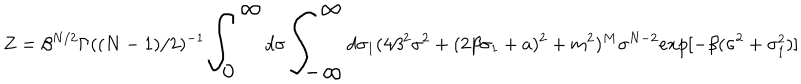
LaTeX: Z = \beta ^ { N / 2 } \Gamma ( ( N - 1 ) / 2 ) ^ { - 1 } { \LARGE \int _ { 0 } ^ { \infty } } d \sigma { \LARGE \int _ { - \infty } ^ { \infty } } d \sigma _ { 1 } ( 4 \beta ^ { 2 } \sigma ^ { 2 } + ( 2 \beta \sigma _ { 1 } + a ) ^ { 2 } + m ^ { 2 } ) ^ { M } \sigma ^ { N - 2 } e x p [ - \beta ( \sigma ^ { 2 } + \sigma _ { 1 } ^ { 2 } ) ]